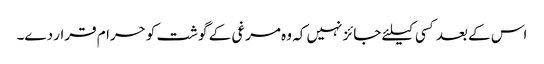
اس کے بعد کسی کیلئے جائز نہیں کہ وہ مرغی کے گوشت کو حرام قرار دے۔